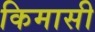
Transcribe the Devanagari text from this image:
किमासी